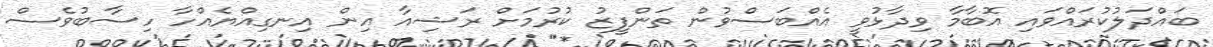
ބައްދަލުކުރައްވައި އޮބާމާ ވިދާޅުވީ އެއްބަސްވުން ތަންފީޒު ކުރުމަށް ރަޝިއާ އިން އިނގިއްޔެއްހާ ހިސާބުވެސް